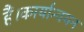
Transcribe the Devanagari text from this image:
हैं।कार्यान्वयन